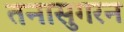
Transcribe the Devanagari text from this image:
तनासुगरन